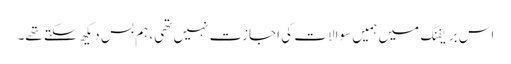
اس بریفنگ میں ہمیں سوالات کی اجازت نہیں تھی، ہم بس دیکھ سکتے تھے۔